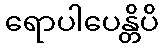
ရောပါပေန္တိပိ